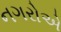
નગરોએ